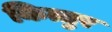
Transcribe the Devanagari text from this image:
कित्तुर